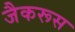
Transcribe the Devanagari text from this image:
जैकरूस